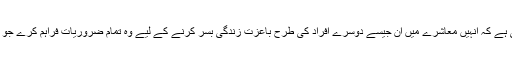
اور حکومت پابند ہوجاتی ہے کہ انہیں معاشرے میں ان جیسے دوسرے افراد کی طرح باعزت زندگی بسر کرنے کے لیے وہ تمام ضروریات فراہم کرے جو اس کے لیے ناگزیر ہیں۔